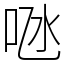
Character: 𠱁